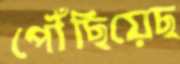
পৌঁছিয়েছ